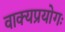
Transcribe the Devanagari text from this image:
वाक्यप्रयोगः